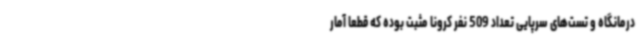
درمانگاه و تست‌های سرپایی تعداد 509 نفر کرونا مثبت بوده که قطعاً آمار